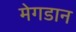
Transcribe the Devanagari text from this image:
मेगडान